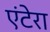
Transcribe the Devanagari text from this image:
एंटेरा